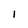
Character: 1